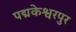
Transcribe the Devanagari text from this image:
पद्मकेश्वरपुर